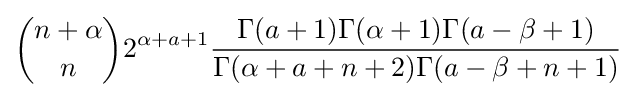
{\binom {n+\alpha }{n}}2^{\alpha +a+1}{\frac {\Gamma (a+1)\Gamma (\alpha +1)\Gamma (a-\beta +1)}{\Gamma (\alpha +a+n+2)\Gamma (a-\beta +n+1)}}